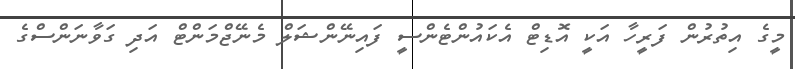
މީގެ އިތުރުން ފަރީހާ އަކީ އޮޑިޓް އެކައުންޓެންސީ ފައިނޭންޝަލް މެނޭޖްމަންޓް އަދި ގަވާނަންސްގެ